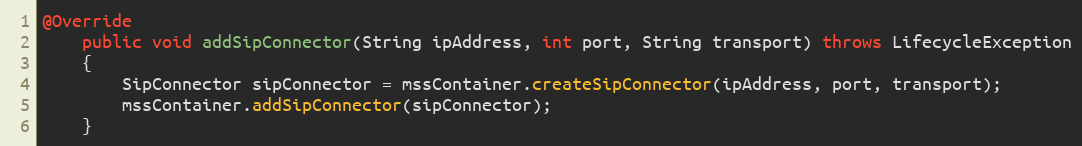
Language: Java
@Override
	public void addSipConnector(String ipAddress, int port, String transport) throws LifecycleException
	{
		SipConnector sipConnector = mssContainer.createSipConnector(ipAddress, port, transport);
		mssContainer.addSipConnector(sipConnector);
	}